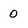
Character: 0